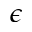
\epsilon